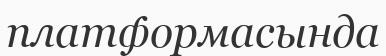
платформасында